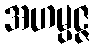
အဟမ္ပဇ္ဇ